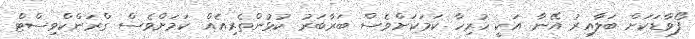
ފޯވާޑަކަށް ބަލާއިރު އޭނާ އަކީ ހުރިހާ ކަމަކަށްވެސް ބަރާބަރު ކުޅުންތެރިއެއް ކަމަށްވެސް ގްރަންކްވިސްޓް